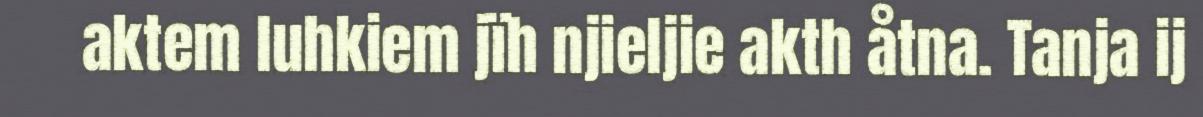
aktem luhkiem jïh njieljie akth åtna. Tanja ij